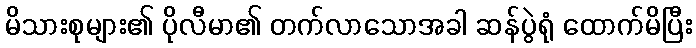
မိသားစုများ၏ ပိုလီမာ၏ တက်လာသောအခါ ဆန်ပွဲရုံ ထောက်မိပြီး